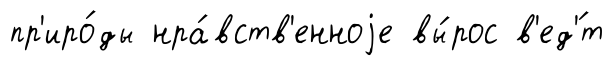
пр'иро́ды нра́вств'енноjе вы́рос в'ед'́т